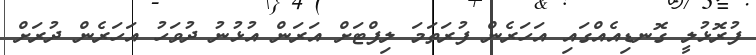
ފުރޮޅުލީ ގޮނޑިއެއްގައި އަހަރެން ފުރަތަމަ ލިފްޓަށް އަރަން އުޅުނު ދުވަހު އަހަރެން ދުރަށް